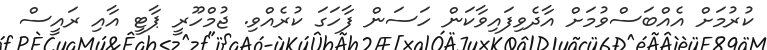
ކުރުމަށް އެއްބަސްވުމަށް އާދެވިފައިވާކަން ހަސަން ފާހަގަ ކުރެއްވި. ޖުމްހޫރީ ޕާޓީ އާއި ރައީސް